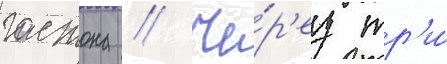
гастона // Че́р'ез тр'и́